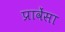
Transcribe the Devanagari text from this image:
प्रावेंसा